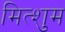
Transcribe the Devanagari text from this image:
मित्शुम